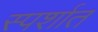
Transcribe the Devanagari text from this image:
स्पर्शात